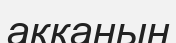
аққанын